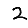
Digit: 2